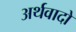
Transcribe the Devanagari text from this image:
अर्थवादो